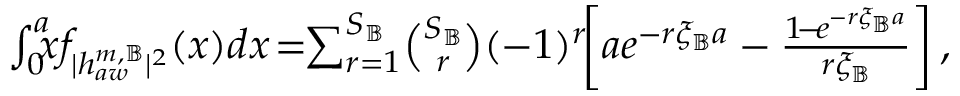
\begin{array} { r } { \int _ { 0 } ^ { a } \! \! \! { x } f _ { | h _ { a w } ^ { m , \mathbb { B } } | ^ { 2 } } ( { x } ) d { x } \! = \! \! \sum _ { r = 1 } ^ { S _ { \mathbb { B } } } \! \binom { S _ { \mathbb { B } } } { r } ( - 1 ) ^ { r } \! \! \left[ a e ^ { - r \xi _ { \mathbb { B } } a } - \frac { 1 \! - \! e ^ { - r \xi _ { \mathbb { B } } a } } { r \xi _ { \mathbb { B } } } \right] , } \end{array}